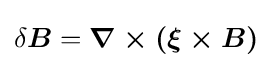
\delta {\boldsymbol {B}}={\boldsymbol {\nabla \times (\xi \times B)}}